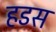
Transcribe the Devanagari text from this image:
हडस